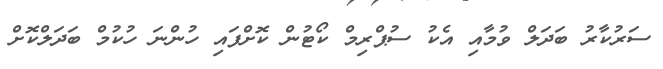
ސަރުކާރު ބަދަލް ވުމާއި އެކު ސުޕްރިމް ކޯޓުން ކޮށްފައި ހުންނަ ހުކުމް ބަދަލްކޮށް